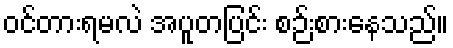
ဝင်တားရမလဲ အပူတပြင်း စဉ်းစားနေသည်။